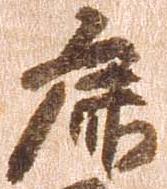
鹿